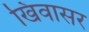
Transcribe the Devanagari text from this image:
खिंवासर